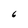
Character: 6